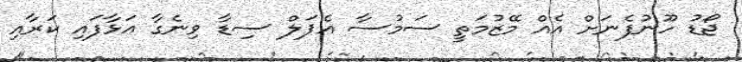
ޖޯޑު ހޫނުފެނަށް އެއް މޭޒުމަތީ ސަމުސާ އެޕަލް ސިޑާ ވިނެގާ އަޅާފައި ކަރާއި